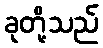
ခုတို့သည်